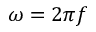
\omega = 2 \pi f